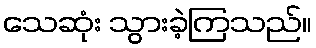
သေဆုံး သွားခဲ့ကြသည်။